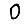
Digit: 0